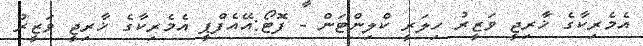
އެމެރިކާގެ ޚާރިޖީ ވަޒީރު ހިލަރީ ކްލިންޓަން - ފޮޓޯ:އޭއެފްޕީ އެމެރިކާގެ ޚާރިޖީ ވަޒީރު